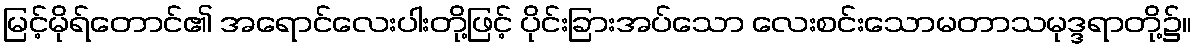
မြင့်မိုရ်တောင်၏ အရောင်လေးပါးတို့ဖြင့် ပိုင်းခြားအပ်သော လေးစင်းသောမတာသမုဒ္ဒရာတို့၌။